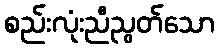
စည်းလုံးညီညွတ်သော